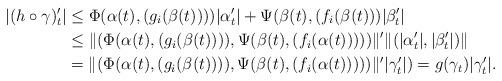
LaTeX: \begin{align*}|(h\circ\gamma)_t'| &\leq \Phi(\alpha(t),(g_i(\beta(t))))|\alpha_t'|+\Psi(\beta(t), (f_i(\beta(t)))|\beta_t'|\\&\leq \|(\Phi(\alpha(t),(g_i(\beta(t)))),\Psi(\beta(t),(f_i(\alpha(t)))))\|'\|(|\alpha_t'|,|\beta_t'|)\|\\&= \|(\Phi(\alpha(t),(g_i(\beta(t)))),\Psi(\beta(t),(f_i(\alpha(t)))))\|'|\gamma_t'| )= g(\gamma_t) |\gamma_t'|.\end{align*}